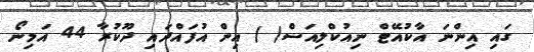
ގައި އިންނަ އާކުއޭޓް ނިއުކްލިއަސް( ) އިން އުފައްދައި ދޫކުރާ 44 އަމިނޯ